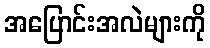
အပြောင်းအလဲများကို